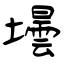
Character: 壜